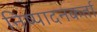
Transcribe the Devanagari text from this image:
निष्‍पादनकर्ता